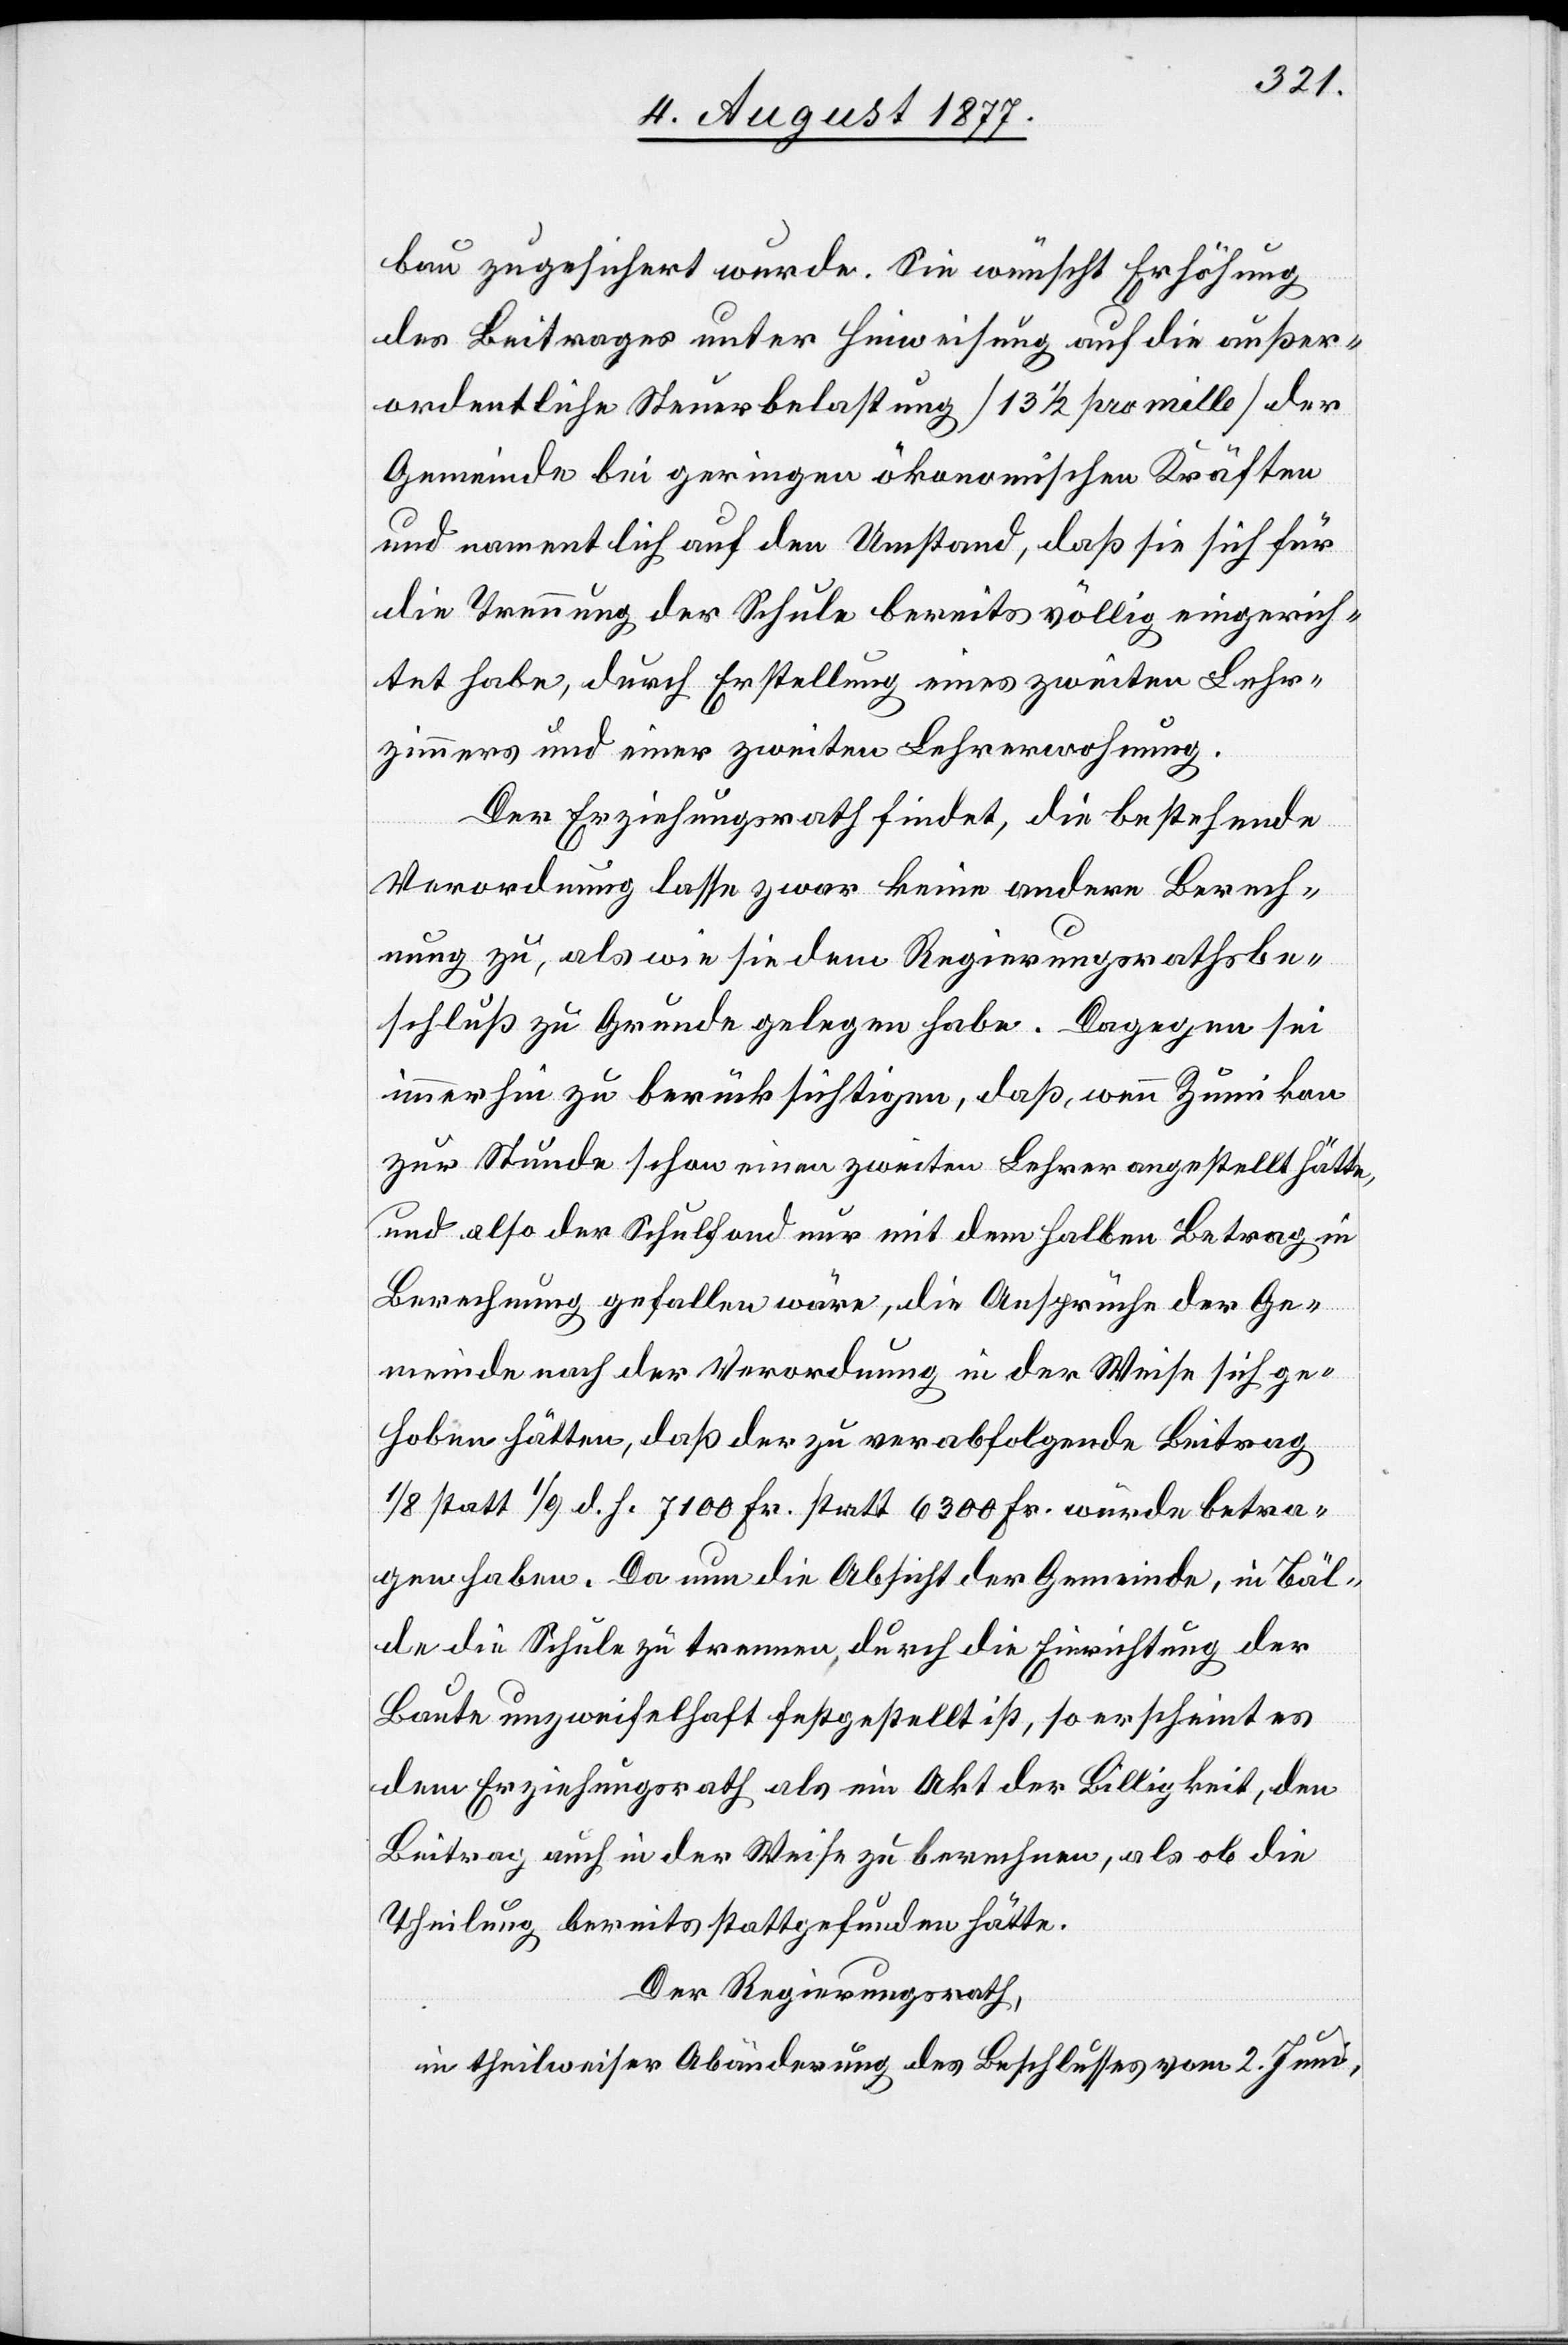
bau zugesichert wurde. Sie wünscht Erhöhung
des Beitrages unter Hinweisung auf die außer¬
ordentliche Steuerbelastung [13 1/2 pro mille] der
Gemeinde bei geringen ökonomischen Kräften
und namentlich auf den Umstand, daß sie sich für
die Trennung der Schule bereits völlig eingerich¬
tet habe, durch Erstellung eines zweiten Lehr¬
zimmers und einer zweiten Lehrerwohnung.
Der Erziehungsrath findet, die bestehende
Verordnung lasse zwar keine andere Berech¬
nung zu, als wie sie dem Regierungsrathsbe¬
schluß zu Grunde gelegen habe. Dagegen sei
immerhin zu berücksichtigen, daß, wenn Zumikon
zur Stunde schon einen zweiten Lehrer angestellt hätte,
und also der Schulfond nur mit dem halben Betrag in
Berechnung gefallen wäre, die Ansprüche der Ge¬
meinde nach der Verordnung in der Weise sich ge¬
hoben hätten, daß der zu verabfolgende Beitrag
1/8 statt 1/9 d. h. 7100 Fr. statt 6300 Fr. würde betra¬
gen haben. Da nun die Absicht der Gemeinde, in Bäl¬
de die Schule zu trennen, durch die Einrichtung der
Baute unzweifelhaft festgestellt ist, so erscheint es
dem Erziehungsrath als ein Akt der Billigkeit, den
Beitrag auch in der Weise zu berechnen, als ob die
Theilung bereits stattgefunden hätte.
Der Regierungsrath,
in theilweiser Abänderung des Beschlusses vom 2. Juni,